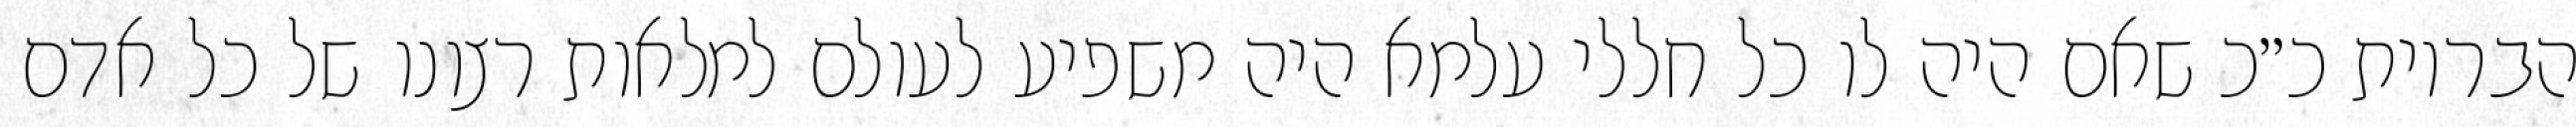
הבריות כ״כ שאם היה לו כל חללי עלמא היה משפיע לעולם למלאות רצונו של כל אדם